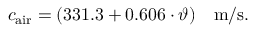
c _ { \mathrm { a i r } } = ( 3 3 1 . 3 + 0 . 6 0 6 \cdot \vartheta ) ~ ~ ~ \mathrm { m / s } .